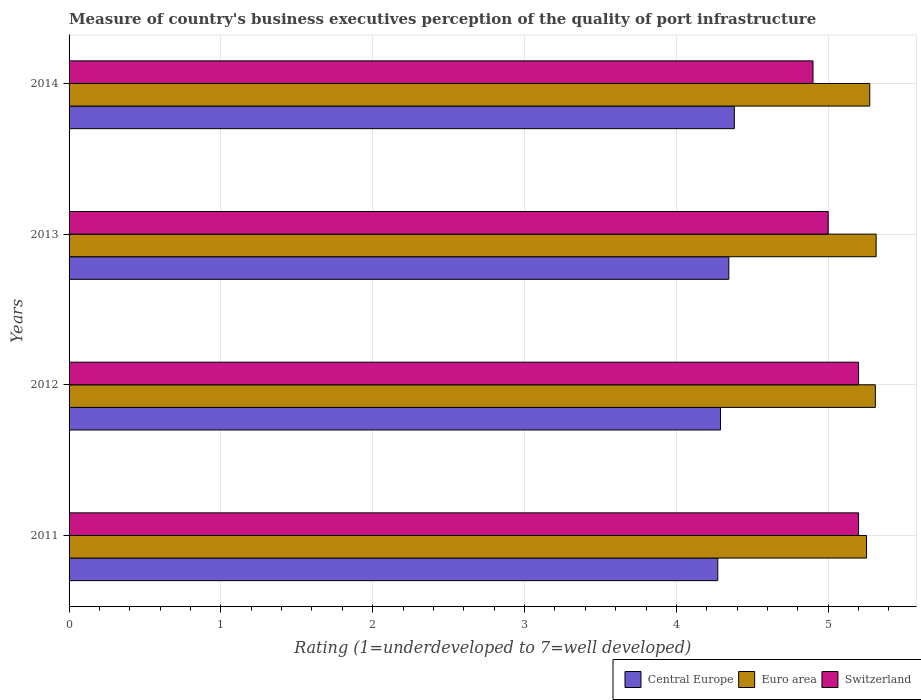
| Years | Central Europe | Euro area | Switzerland |
 | --- | --- | --- | --- |
 | 2011 | 4.27 | 5.25 | 5.2 |
 | 2012 | 4.29 | 5.31 | 5.2 |
 | 2013 | 4.35 | 5.32 | 5 |
 | 2014 | 4.38 | 5.27 | 4.9 |